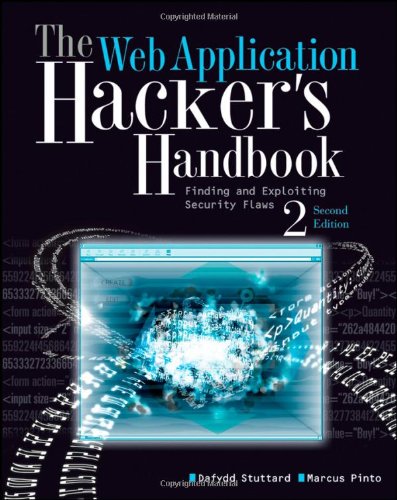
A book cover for The Web Application Hacker's Handbook: Finding and Exploiting Security Flaws; Dafydd Stuttard; Computers & Technology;